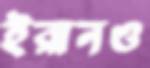
ইরানও